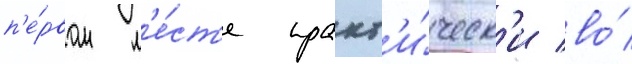
п'е́рвом м'е́ст'е практ'и́ческ'и во́